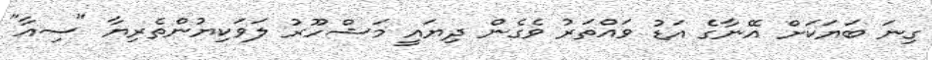
ގިނަ ބަޔަކަށް އޭނާގެ އަޑު ވައްތަރު ވެގެން ދިޔައީ މަޝްހޫރު ލަވަކިޔުންތެރިޔާ "ސިއާ"